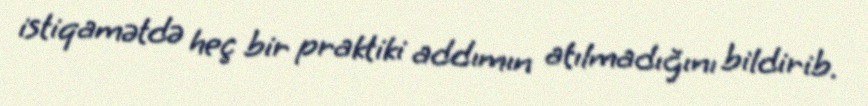
istiqamətdə heç bir praktiki addımın atılmadığını bildirib.